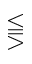
\lesseqqgtr